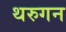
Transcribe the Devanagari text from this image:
थरुगन